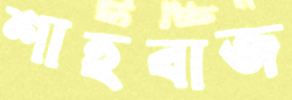
শাহবাজ